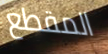
المقطع